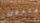
متدين